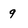
Character: 9